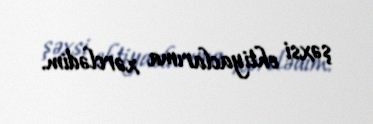
şəxsi ehtiyaclarıma xərclədim.